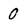
Character: 0